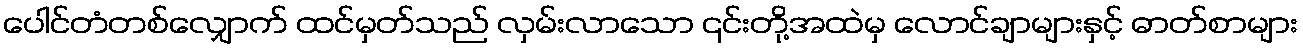
ပေါင်တံတစ်လျှောက် ထင်မှတ်သည် လှမ်းလာသော ၎င်းတို့အထဲမှ လောင်ချာများနှင့် ဓာတ်စာများ